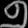
Digit: ၅